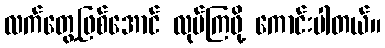
လက်တွေ့ဖြစ်အောင် လုပ်ကြဖို့ ကောင်းပါတယ်။